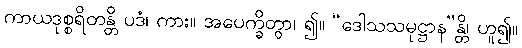
ကာယဒုစ္စရိတန္တိ ပဒံ၊ ကား။ အပေက္ခိတွာ၊ ၍။ “ဒေါသသမုဋ္ဌာန”န္တိ၊ ဟူ၍။